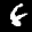
Label: 6